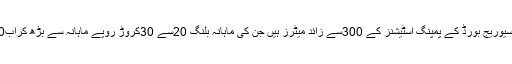
یادرہے کہ کراچی واٹر اینڈ سیوریج بورڈ کے پمپنگ اسٹیشنز کے 300سے زائد میٹرز ہیں جن کی ماہانہ بلنگ 20سے 30کروڑ روپے ماہانہ سے بڑھ کراب60سے70کروڑ ہوگئی ہے ۔